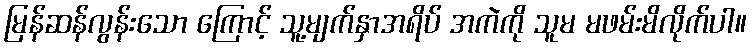
မြန်ဆန်လွန်းသော ကြောင့် သူ့မျက်နှာအရိပ် အကဲကို သူမ မဖမ်းမိလိုက်ပါ။